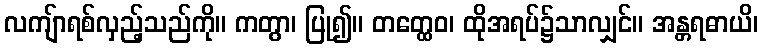
လကျ်ာရစ်လှည့်သည်ကို။ ကတွာ၊ ပြု၍။ တတ္ထေဝ၊ ထိုအရပ်၌သာလျှင်။ အန္တရဓာယိ၊